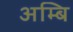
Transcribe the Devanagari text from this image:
अम्बि